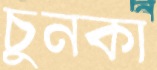
চুনকা